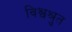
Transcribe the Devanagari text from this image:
विश्वश्रुत